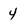
Character: y